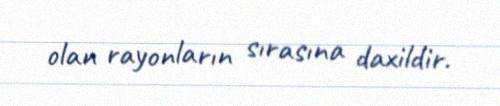
olan rayonların sırasına daxildir.